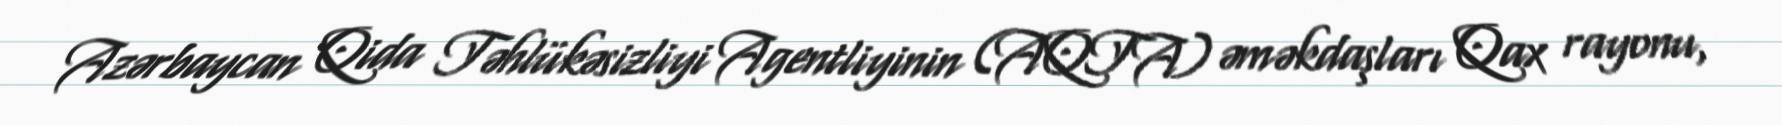
Azərbaycan Qida Təhlükəsizliyi Agentliyinin (AQTA) əməkdaşları Qax rayonu,